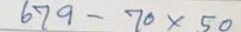
679 - 70 x 50